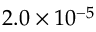
2 . 0 \times 1 0 ^ { - 5 }